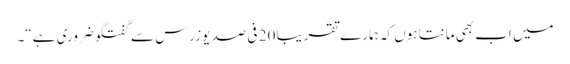
میں اب بھی مانتا ہوں کہ ہمارے تقریباً 20 فی صد یوزرس سے گفتگو ضروری ہے“۔